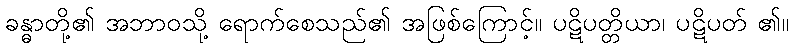
ခန္ဓာတို့၏ အဘာဝသို့ ရောက်စေသည်၏ အဖြစ်ကြောင့်။ ပဋိပတ္တိယာ၊ ပဋိပတ် ၏။